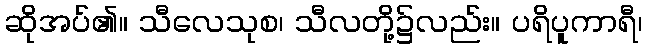
ဆိုအပ်၏။ သီလေသုစ၊ သီလတို့၌လည်း။ ပရိပူကာရီ၊